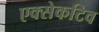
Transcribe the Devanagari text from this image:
एक्सेकटिव